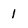
Character: 1